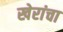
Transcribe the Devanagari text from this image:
खेरांचा